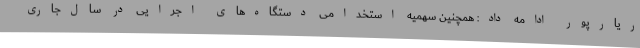
ریارپور ادامه داد: همچنین سهمیه استخدامی دستگاه‌های اجرایی در سال‌جاری